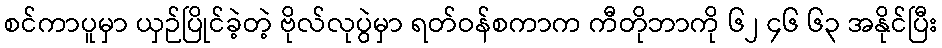
စင်ကာပူမှာ ယှဉ်ပြိုင်ခဲ့တဲ့ ဗိုလ်လုပွဲမှာ ရတ်ဝန်စကာက ကီတိုဘာကို ၆၂ ၄၆ ၆၃ အနိုင်ပြီး